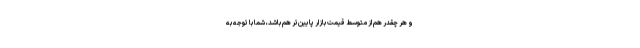
و هر چقدر هم از متوسط قیمت بازار پایین‌تر هم باشد، شما با توجه به